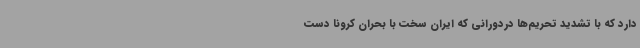
دارد که با تشدید تحریم‌ها دردورانی که ایران سخت با بحران کرونا دست